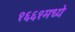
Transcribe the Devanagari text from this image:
१६६१मध्ये